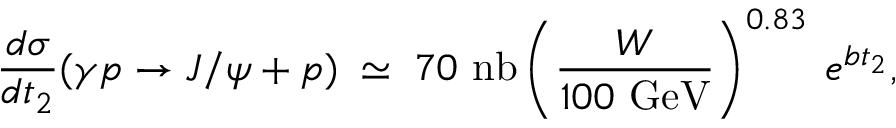
\frac { d \sigma } { d t _ { 2 } } ( \gamma p \rightarrow J / \psi + p ) \; \simeq \; 7 0 ~ \mathrm { n b } \left( \frac { W } { 1 0 0 ~ \mathrm { G e V } } \right) ^ { 0 . 8 3 } \: e ^ { b t _ { 2 } } ,